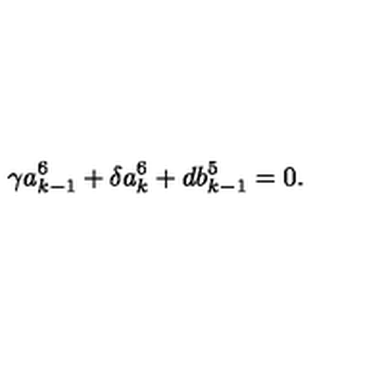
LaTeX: \gamma a _ { k - 1 } ^ { 6 } + \delta a _ { k } ^ { 6 } + d b _ { k - 1 } ^ { 5 } = 0 .